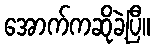
အောက်ကဆိုခဲ့ပြီ။